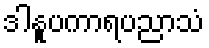
ဒါနူပကာရပညာသံ